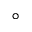
^ { \circ }